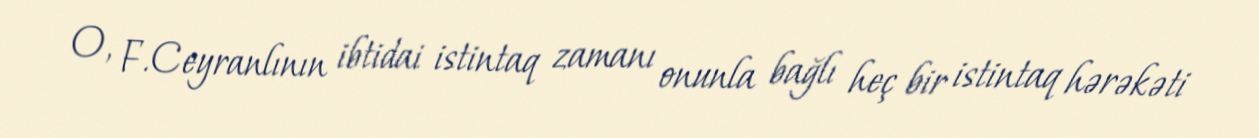
O, F.Ceyranlının ibtidai istintaq zamanı onunla bağlı heç bir istintaq hərəkəti